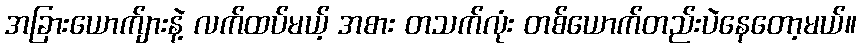
အခြားယောက်ျားနဲ့ လက်ထပ်မယ့် အစား တသက်လုံး တစ်ယောက်တည်းပဲနေတော့မယ်။